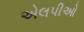
એલપીઓ